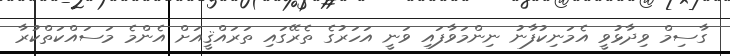
ގާސިމް ވިދާޅުވީ އެމަނިކުފާނު ނިންމަވާފައި ވަނީ އަހަރުގެ ތެރޭގައި ތަރައްޤީއަށް އެންމެ މަސައްކަތްކުރާ